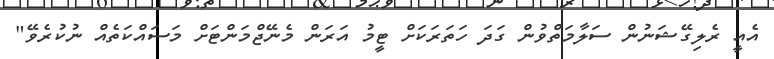
އެއީ ރެލިގޭޝަނުން ސަލާމަތްވުން ގަދަ ހަތަރަކަށް ޓީމު އަރަން މެނޭޖްމަންޓަށް މަސައްކަތެއް ނުކުރެވޭ"